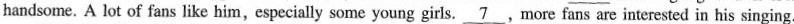
handsome. A lot of fans like him, especially some young girls.\underline{7}.More fans are interested in his singing.